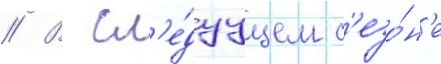
// В сл'е́дуущем с'езо́н'е